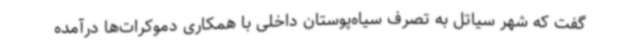
گفت که شهر سیاتل به تصرف سیاه‌پوستان داخلی با همکاری دموکرات‌ها درآمده